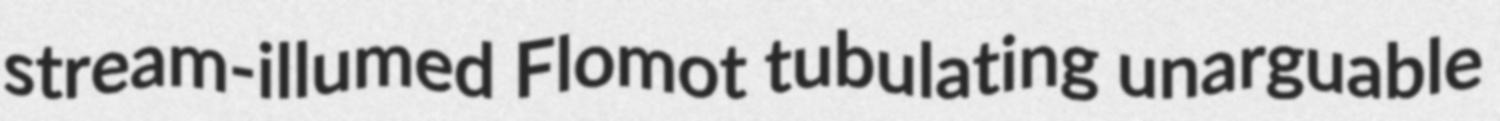
stream-illumed Flomot tubulating unarguable